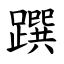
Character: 䠣